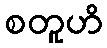
စတူဟိ